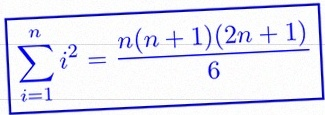
\sum_{i=1}^{n}i^2=\frac{n(n+1)(2n+1)}6